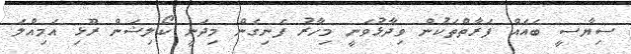
ސިޔާސީ ބައެއް ފަރާތްތަކުން ވިދާޅުވަނީ މިހާރު ފެނިގެން މިދަނީ ކޯލިޝަން ރޫޅި އަމިއްލަ